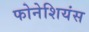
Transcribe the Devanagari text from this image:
फोनेशियंस